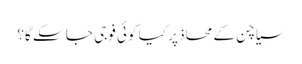
سیاچن کے محاذ پر کیا کوئی فوجی جا سکے گا؟